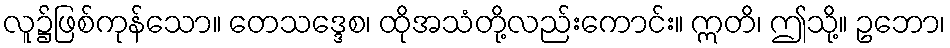
လူ၌ဖြစ်ကုန်သော။ တေသဒ္ဒေစ၊ ထိုအသံတို့လည်းကောင်း။ ဣတိ၊ ဤသို့။ ဥဘော၊